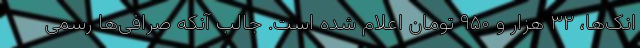
انک‌ها، ۳۲ هزار و ۹۵۰ تومان اعلام شده است. جالب آنکه صرافی‌ها رسمی